Bréfritari: Anna Ásmundsdóttir
Viðtakandi: Einar Friðgeirsson
Dagsetning: A-1880-01-01
Skrifað á: Garði  S-Þing.
Anna er móðir Einars

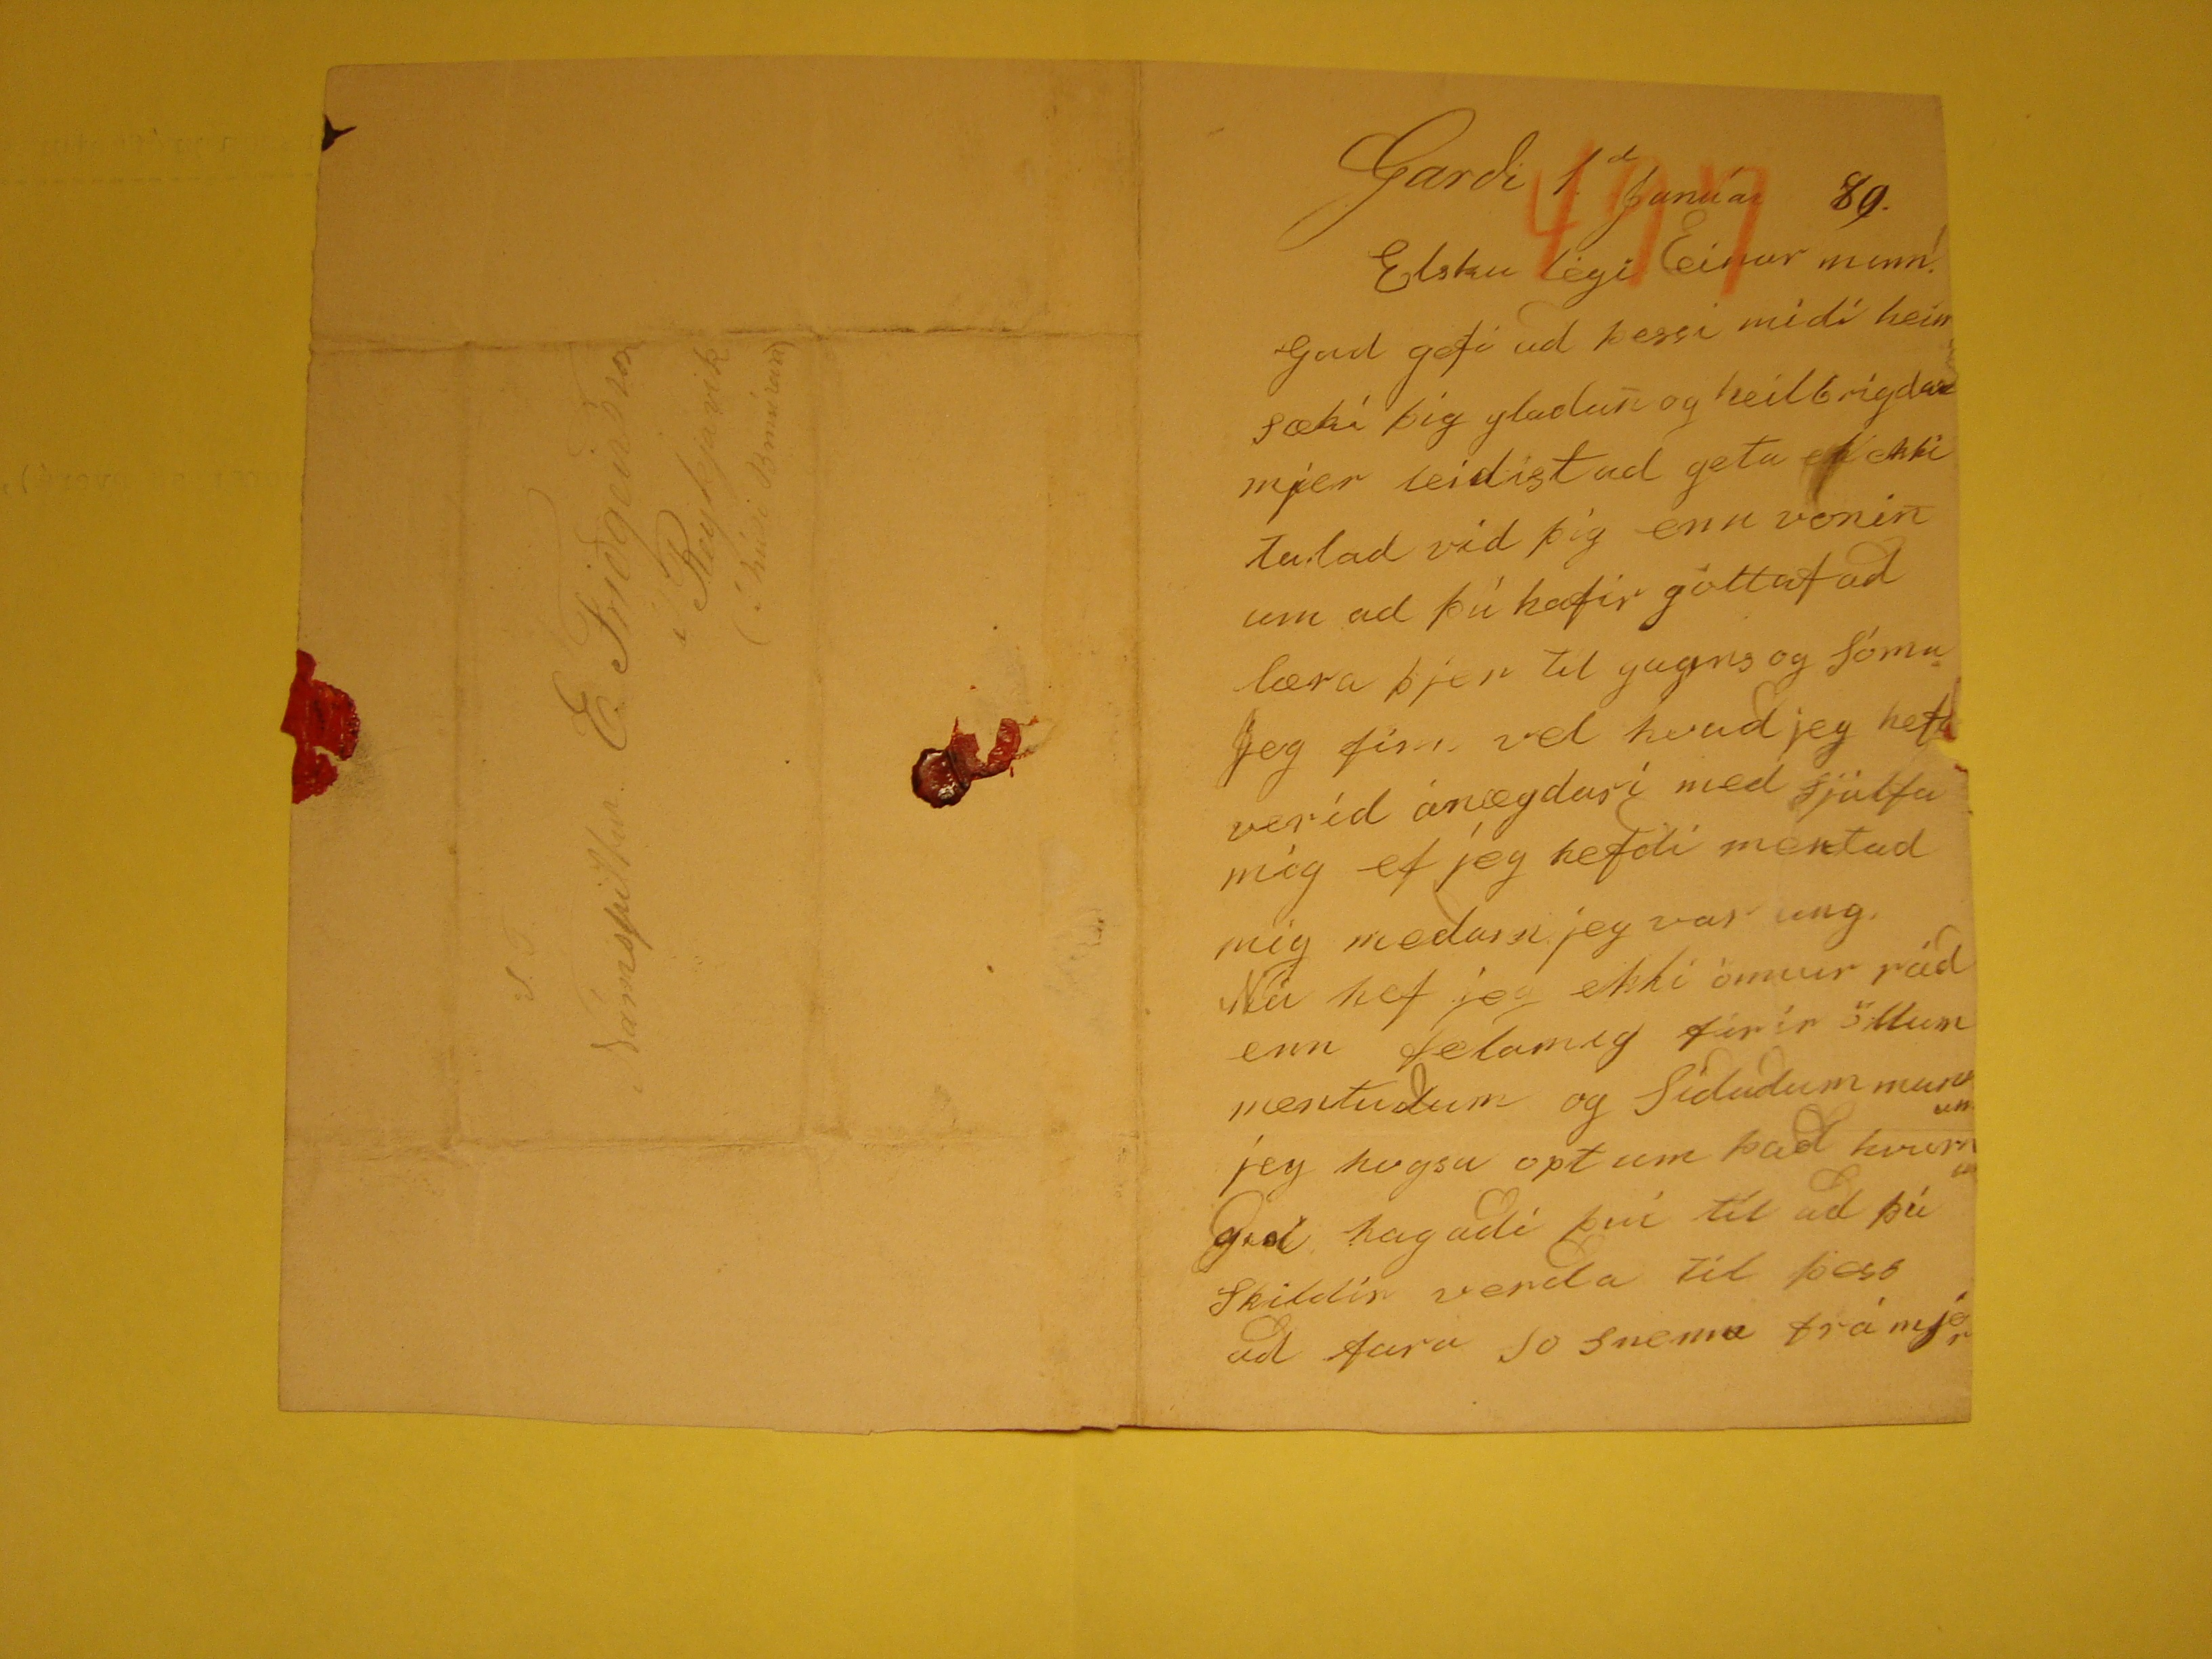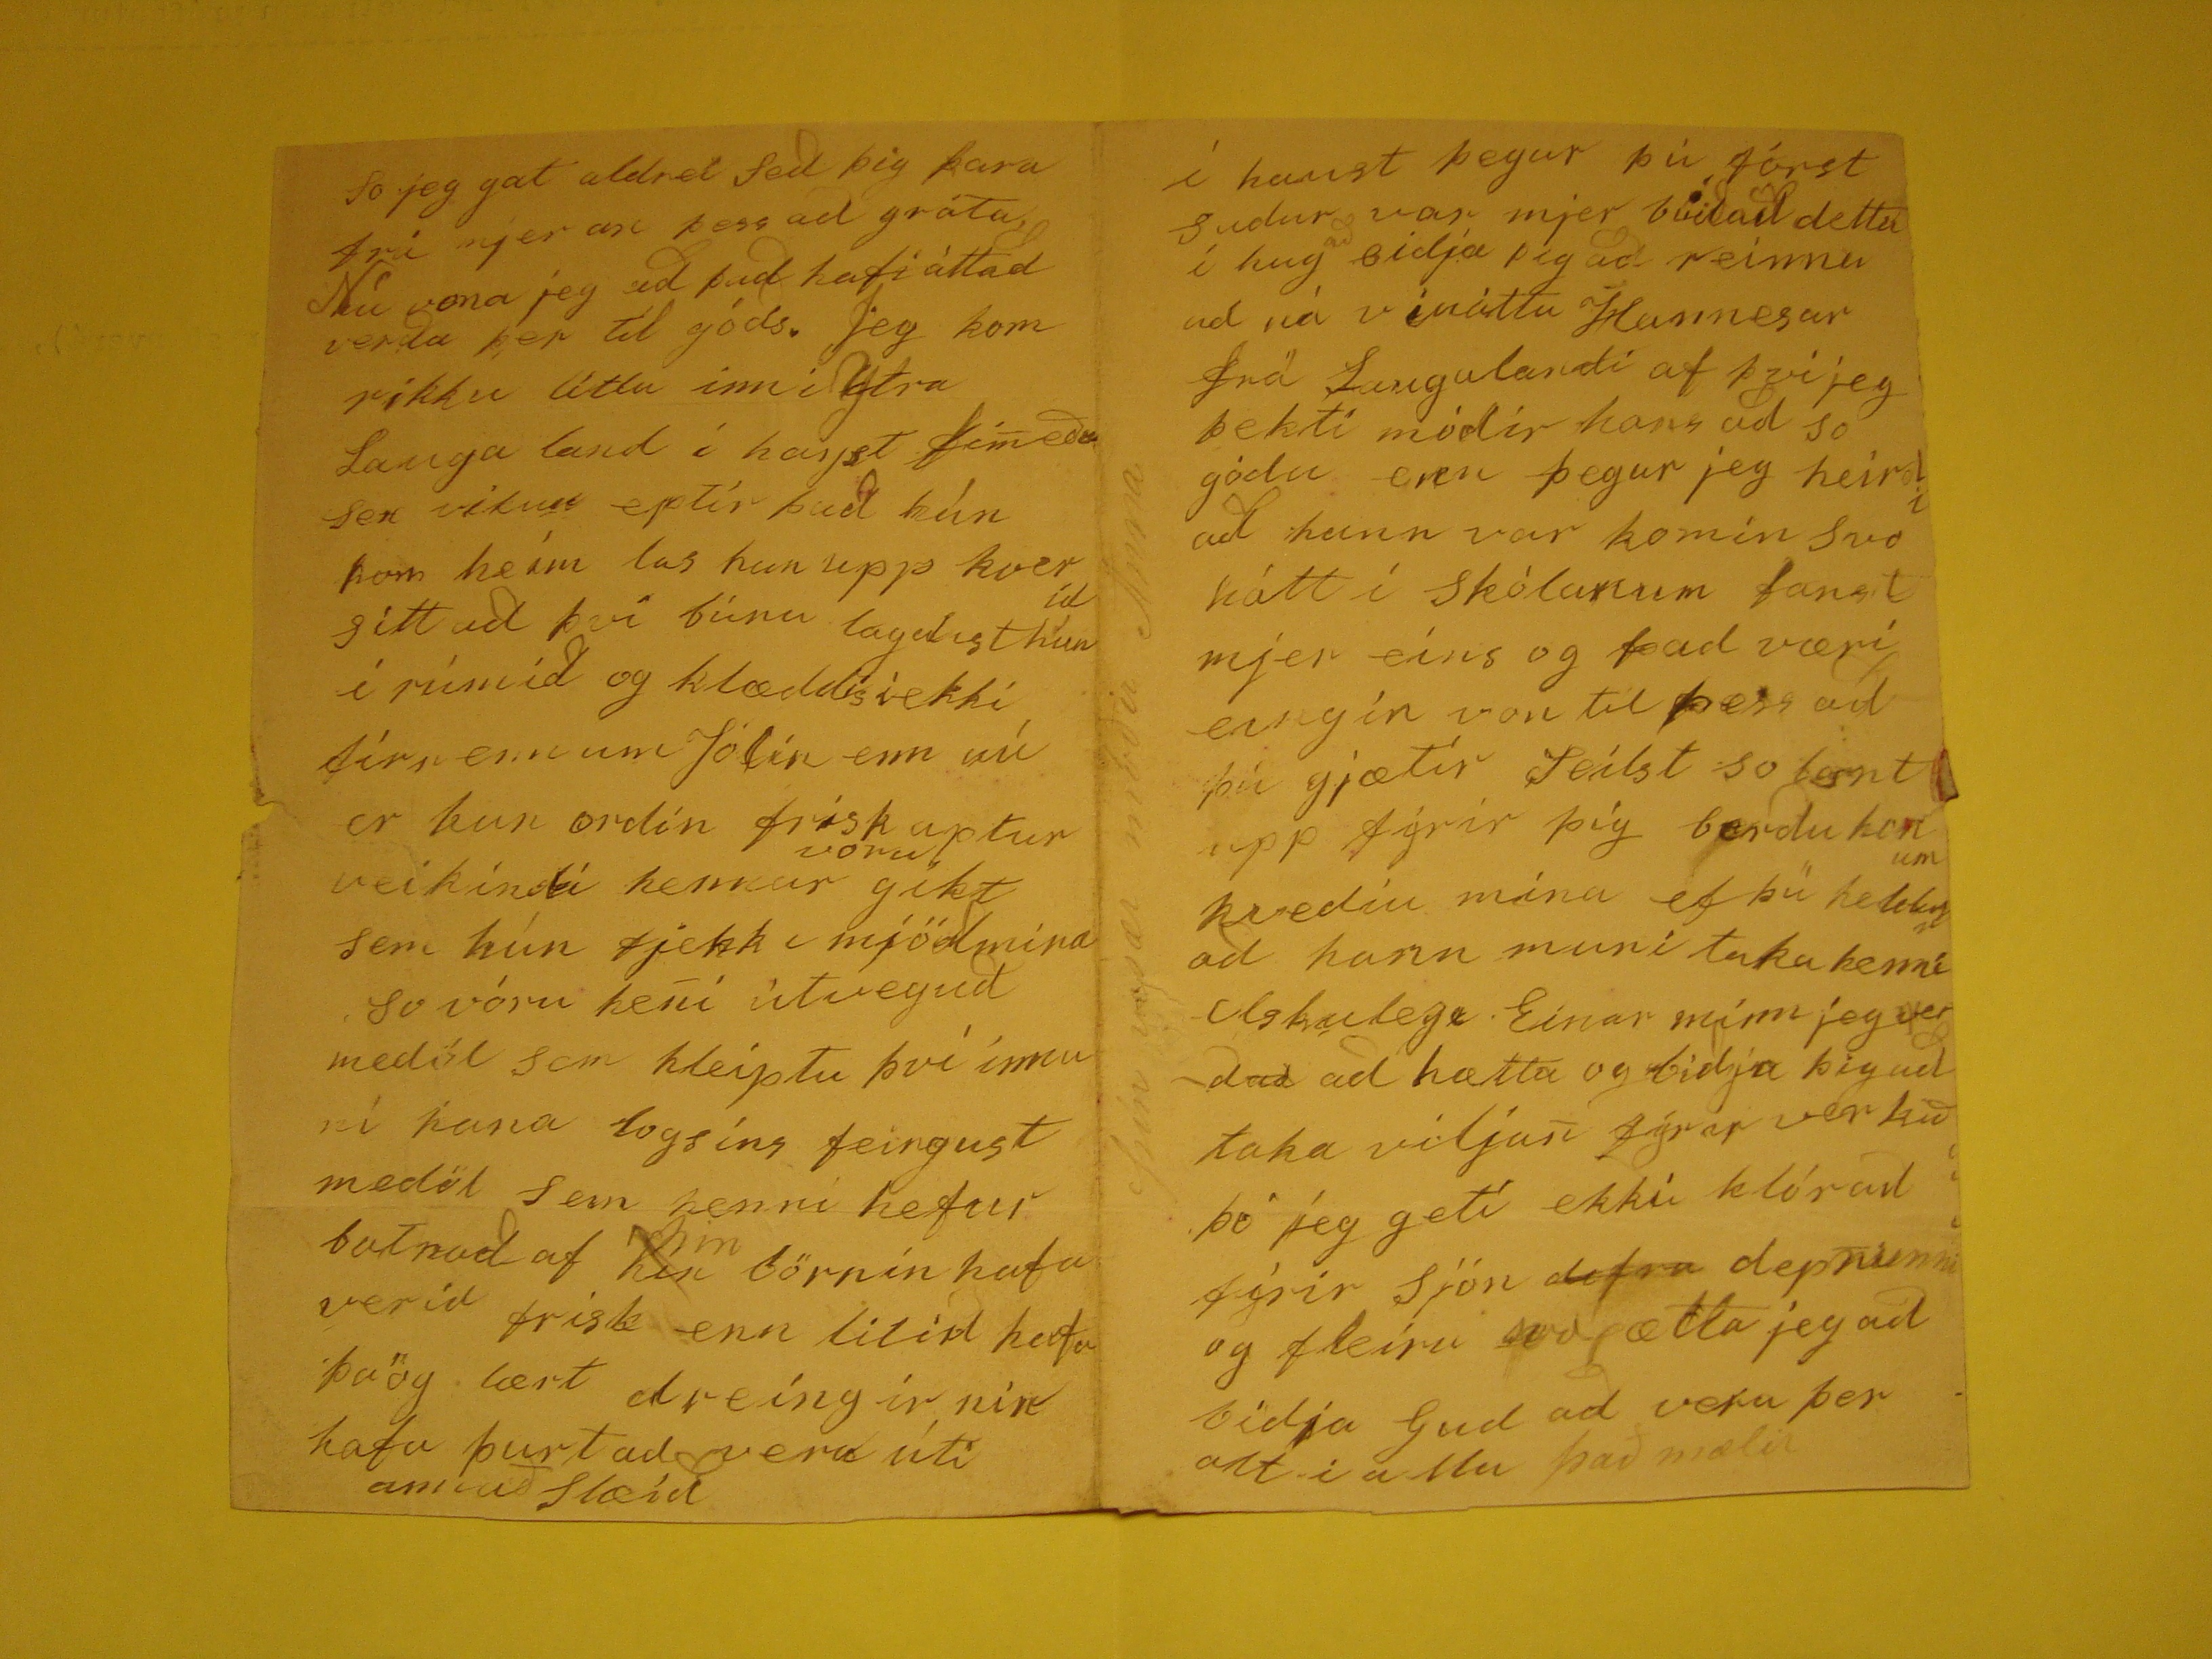

Garði 1
d
Janúar 89.
Elsku legi Einar minn!
Gud gefi ad þessi midi heinsæki þig gladan og heilbrigdan mjer leidist ad geta
ek
ekki talad vid þig enn vonin um
ad þú hafir gottaf ad læra þjer til gagns og Sóma Jeg finn vel hvad jeg hef verid ánægdari med sjálfa mig ef jeg hefdi mentad mig medan jeg var ung, Nú hef jeg ekki
önnur rád enn
felamig
firir öllum mentudum og Sidudum
munnun
jeg hugsa opt um þad hvurnin gud hagadi því til ad
þú skildir verda til þess ad fara so snema frá mjer
so jeg gat aldrei ded þig fara frá mjer an þess ad gráta, Nú vona jeg ad þad hafi áttad verda þer til góds. Jeg kom rikku litlu inn i Ytra Lauga land í hayst
fim
eða sex vikur eptir þad hún kom heim las hun upp kverid sitt ad því búnu lagdist hún í rúmið og klæddist ekki fírr enn um Jólin enn nú
er hun ordin frisk aptur veikindi hennar
voru
gikt sem hún fjekk i mjödmina so vóru heni útvegud medöl sem
hleiptu því innuní hana logsins feingust medöl sem henni hefur batnad af hin börnin hafa verid frisk enn litid hafa þaög lært dreingirnir hafa þurt ad vera úti annad
slæid
í haust þegar þú fórst sudur var mjer
budad
detta í hug
að
bidja þig ad reinna ad ná
vináttu Hannesar frá Laugalandi af því jeg þekti módir hans ad so gódu enn þegar jeg heirdi ad hann var komin svo hátt í skólanum fanst mjer eins og þad væri eingin
von til þess ad þú gjætir Seilst so bent upp fyrir þig berdu honum kvediu mina ef þú heldur ad hann muni taka henni elskulegi Einar minn jeg verdad ad hætta og bidja
þig ad taka viljan fyrir verkið þó jeg geti ekki klórað firir sjón
dofru
deprunni og fleira svo ætla jeg ad bidja Gud ad vera
þer alt i allu það mælir
þín vesæl móðir Anna
S.T.
Námspiltur E. Friðgeirsson
í Reykjavik
(i húsi
Bmúran
)